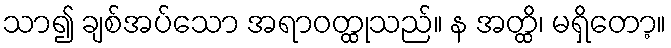
သာ၍ ချစ်အပ်သော အရာဝတ္ထုသည်။ န အတ္ထိ၊ မရှိတော့။